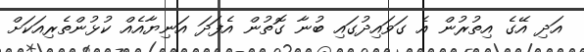
އަދި އޭގެ އިތުރުން އެ ގަވައިދުގައި ބުނާ ގޮތުން އެފަދަ އަނިޔާއެއް ކުޅުންތެރިއަކަށް